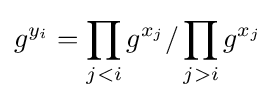
g^{y_{i}}=\prod _{j<i}g^{x_{j}}/\prod _{j>i}g^{x_{j}}